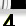
Digit: 3